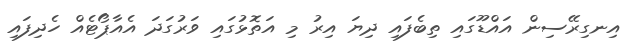
އިނގިރޭސިން އައްޑޫގައި ތިބެފައި ދިޔަ އިރު މި އަތޮޅުގައި ވަރުގަދަ އެއާޕޯޓެއް ހެދިފައި